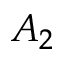
A _ { 2 }